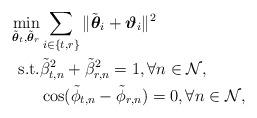
LaTeX: \begin{align*} \min_{\tilde{\boldsymbol{\theta}}_t, \tilde{\boldsymbol{\theta}}_r} & \sum_{i \in \{t,r\}} \|\tilde{\boldsymbol{\theta}}_i + \boldsymbol{\vartheta}_i \|^2 \\ \mathrm{s.t.} &\tilde{\beta}_{t,n}^2 + \tilde{\beta}_{r,n}^2 = 1, \forall n \in \mathcal{N}, \\ & \cos(\tilde{\phi}_{t,n} - \tilde{\phi}_{r,n}) = 0, \forall n \in \mathcal{N}, \end{align*}